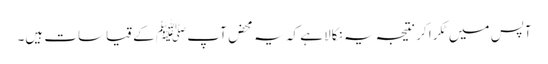
آپس میں ٹکرا کر نتیجہ یہ نکالا ہے کہ یہ محض آپ ﷺ کے قیاسات ہیں۔